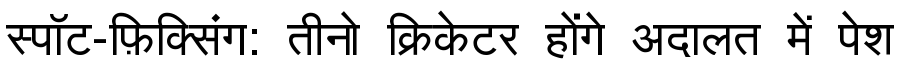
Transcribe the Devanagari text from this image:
स्पॉट-फ़िक्सिंग: तीनो क्रिकेटर होंगे अदालत में पेश